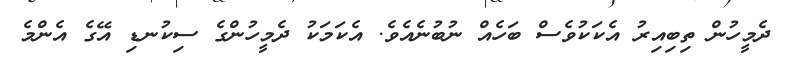
ދެމީހުން ތިބިއިރު އެކަކުވެސް ބަހެއް ނުބުނެއެވެ. އެކަމަކު ދެމީހުންގެ ސިކުނޑި އޭގެ އެންމެ